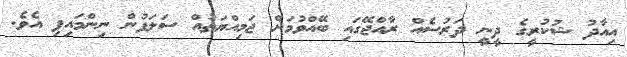
އިއާދު ޝުކުރީގެ ދީނީ ދަރުސެއް ރާއްޖޭގައި ބޭއްވުމަށް ޖަމިއްޔަތުއް ސަލަފުން ނިންމައިފި އެވެ.